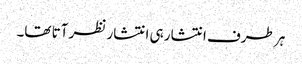
ہر طرف انتشار ہی انتشار نظر آتا تھا۔